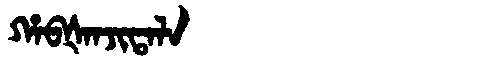
Manchu: ᡥᠠᠪᡧᠠᠨᠵᡳᡨᠠᠯᠠ
Romanization: HABŠANJITALA